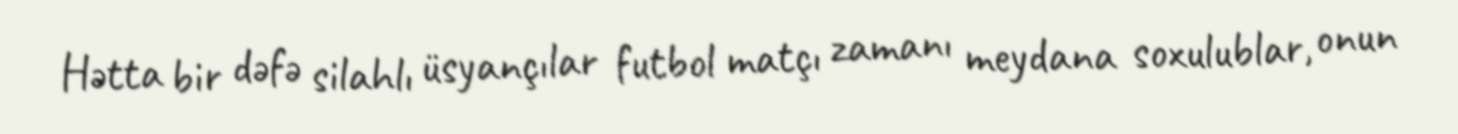
Hətta bir dəfə silahlı üsyançılar futbol matçı zamanı meydana soxulublar, onun